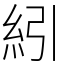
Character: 紖